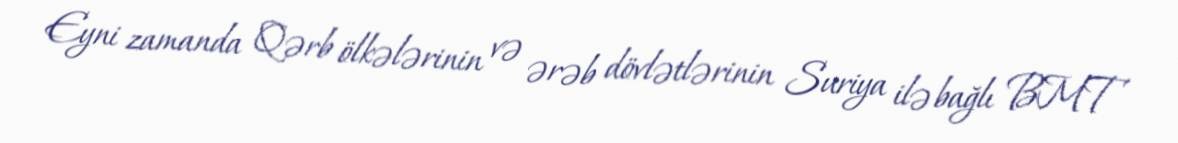
Eyni zamanda Qərb ölkələrinin və ərəb dövlətlərinin Suriya ilə bağlı BMT